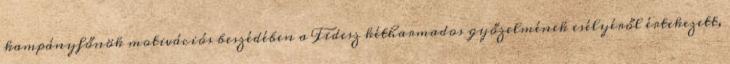
kampányfőnök motivációs beszédében a Fidesz kétharmados győzelmének esélyéről értekezett,